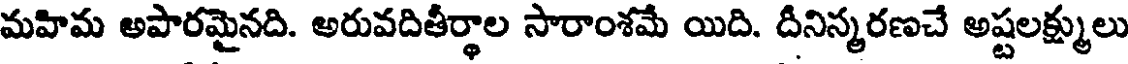
మహిమ అపారమైనది. అరువదితీర్థాల సారాంశమే యిది. దీనిన్మరణచే అష్టలక్ష్ములు